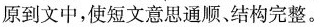
原到文中,使短文意思通顺、结构完整。